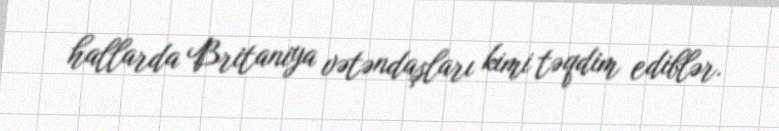
hallarda Britaniya vətəndaşları kimi təqdim ediblər.